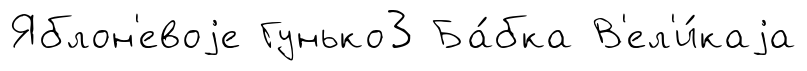
Яблон'евоjе Гунько3 Ба́бка В'ел'и́каjа